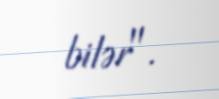
bilər".